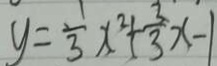
y = \frac { 1 } { 3 } x ^ { 2 } + \frac { 3 } { 3 } x - 1